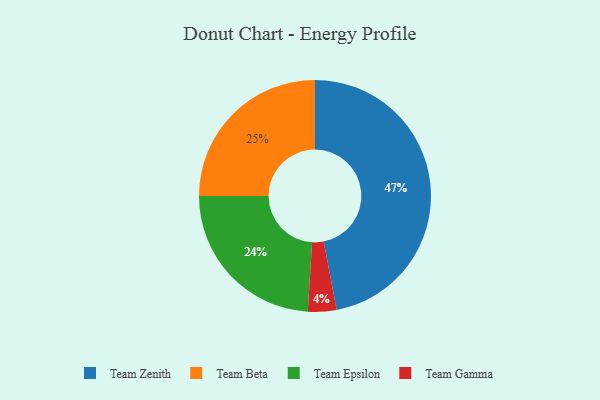
{"axis": {"x": "Category", "y": "Percentage"}, "legend": ["Team Beta", "Team Epsilon", "Team Gamma", "Team Zenith"], "data": [{"x": "Team Gamma", "y": 4, "type": "Team Gamma"}, {"x": "Team Zenith", "y": 47, "type": "Team Zenith"}, {"x": "Team Epsilon", "y": 24, "type": "Team Epsilon"}, {"x": "Team Beta", "y": 25, "type": "Team Beta"}]}